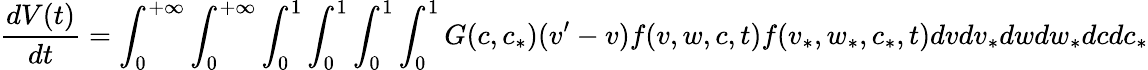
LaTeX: \frac{dV(t)}{dt}=\int_{0}^{+\infty}\int_{0}^{+\infty}\int_{0}^{1}\int_{0}^{1}\int_{0}^{1}\int_{0}^{1}G(c,c_{*})(v^{\prime}-v)f(v,w,c,t)f(v_{*},w_{*},c_{*},t)dvdv_{*}dwdw_{*}dcdc_{*}